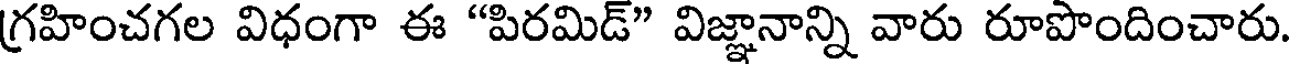
గ్రహించగల విధంగా ఈ "పిరమిడ్" విజ్ఞానాన్ని వారు రూపొందించారు.